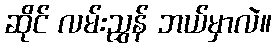
ဆိုင် လမ်းညွှန် ဘယ်မှာလဲ။